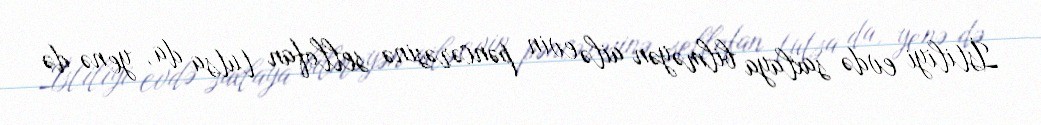
İstiliyi evdə saxlaya bilməyən ailə evin pəncərəsinə sellofan tutsa da, yenə də